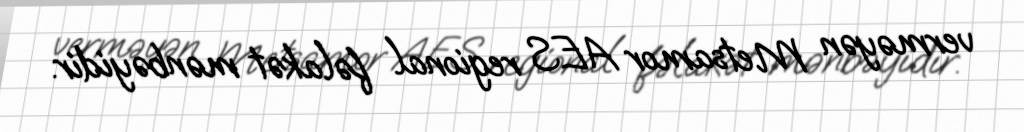
verməyən Metsamor AES regional fəlakət mənbəyidir.